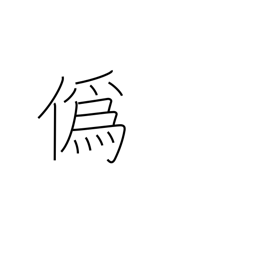
Meaning: deceive